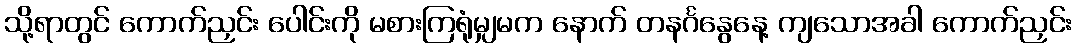
သို့ရာတွင် ကောက်ညှင်း ပေါင်းကို မစားကြရုံမျှမက နောက် တနင်္ဂနွေနေ့ ကျသောအခါ ကောက်ညှင်း